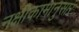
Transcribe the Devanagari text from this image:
नक्षीकामानुसार